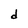
Character: d